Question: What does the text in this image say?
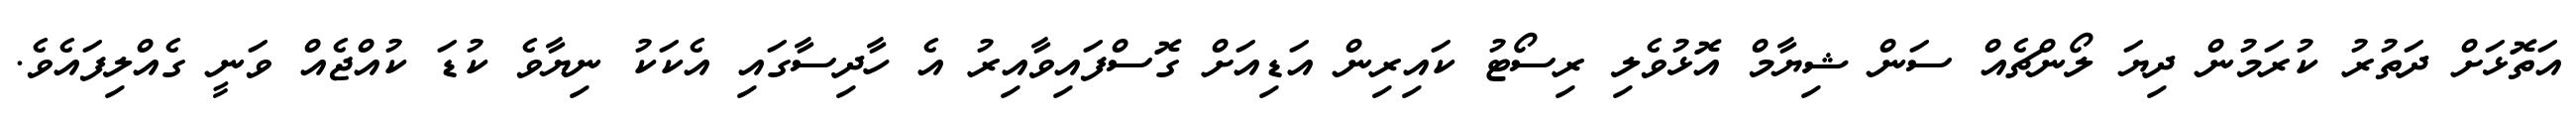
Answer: އަތޮޅަށް ދަތުރު ކުރަމުން ދިޔަ ލޯންޗެއް ސަން ޝިޔާމް އޮޅުވެލި ރިސޯޓު ކައިރިން އަޑިއަށް ގޮސްފައިވާއިރު އެ ހާދިސާގައި އެކަކު ނިޔާވެ ކުޑަ ކުއްޖެއް ވަނީ ގެއްލިފައެވެ.